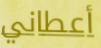
أعطاني